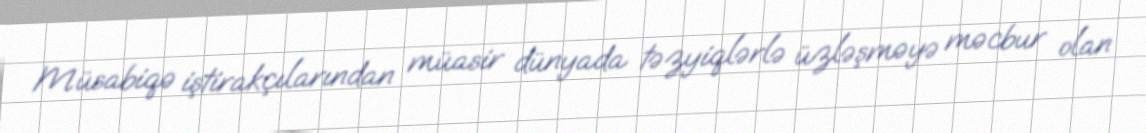
Müsabiqə iştirakçılarından müasir dünyada təzyiqlərlə üzləşməyə məcbur olan